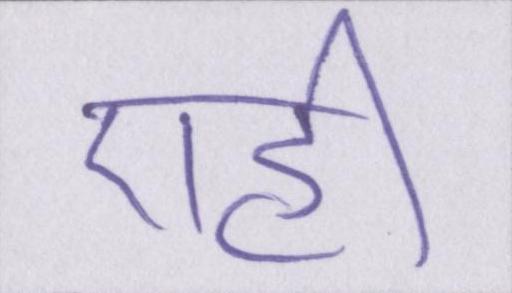
एही